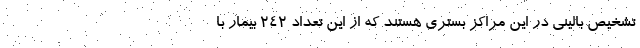
تشخیص بالینی در این مراکز بستری هستند که از این تعداد ۲۴۲ بیمار با